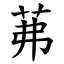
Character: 茀